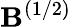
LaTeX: \mathbf{B}^{(1/2)}